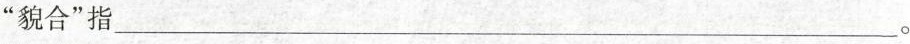
”貌合”指___。